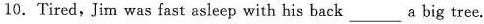
10.Tired,Jim was fast asleep with his back ___ a big tree.